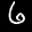
Label: 6